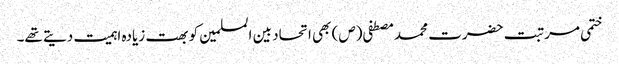
ختمی مرتبت حضرت محمد مصطفی (ص) بھی اتحاد بین المسلمین کو بھت زیادہ اہمیت دیتے تھے۔